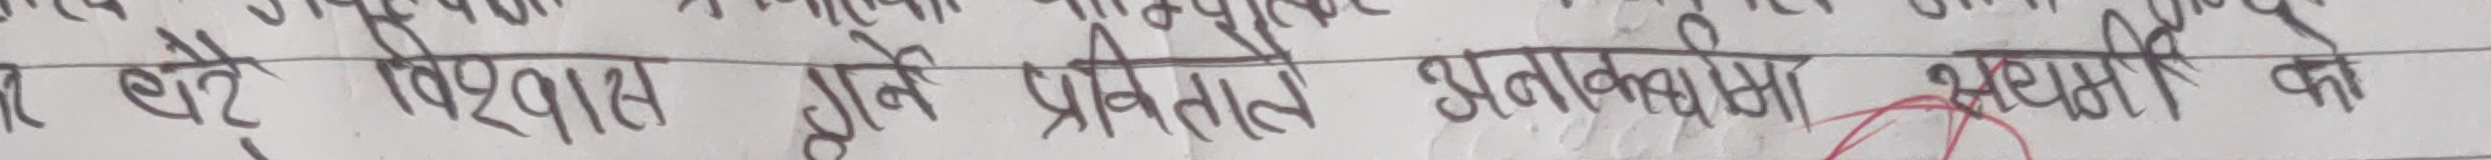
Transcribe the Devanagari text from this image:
बड़े विश्वास मैंने प्रतिज्ञा भक्कामना सभी को